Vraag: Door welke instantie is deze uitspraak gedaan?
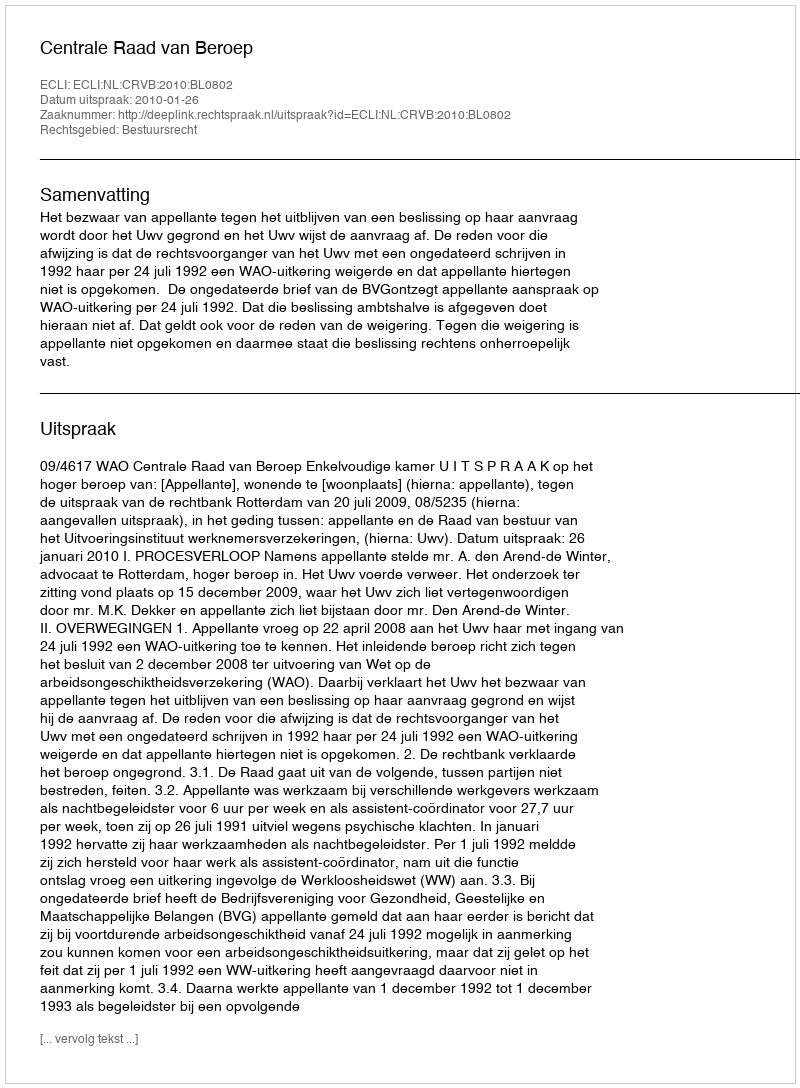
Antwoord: Centrale Raad van Beroep